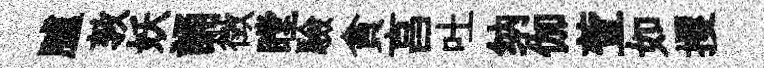
臚敦妖誦徴瞠驗貪亯吐纳伽萱如攫